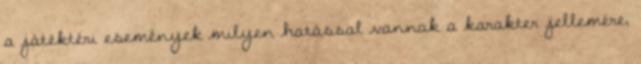
a játéktéri események milyen hatással vannak a karakter jellemére,